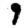
Digit: 9